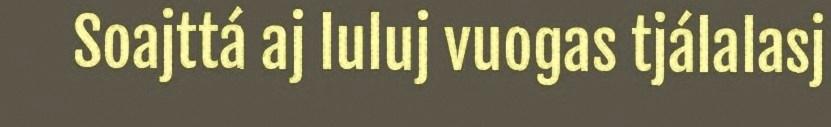
Soajttá aj luluj vuogas tjálalasj